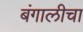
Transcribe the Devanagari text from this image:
बंगालीचा